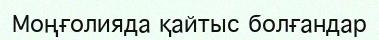
Моңғолияда қайтыс болғандар